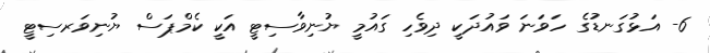
6- އަޅުގަނޑުގެ ހަވަނަ ވައުދަކީ ދިވެހި ގައުމީ ޔުނިވާސިޓީ އަކީ ކެމްޕަސް ޔުނިވަރސިޓީ